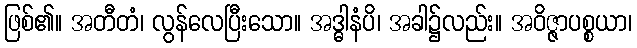
ဖြစ်၏။ အတီတံ၊ လွန်လေပြီးသော။ အဒ္ဓါနံပိ၊ အခါ၌လည်း။ အဝိဇ္ဇာပစ္စယာ၊